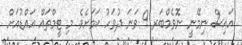
އައިސް ނިމޭނީ ނޮވެމްބަރ 9 ވަނަ ދުވަހު ކަމަށެވެ. މި ޓީމްތައް އައްޑުއަށް